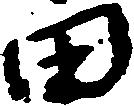
田